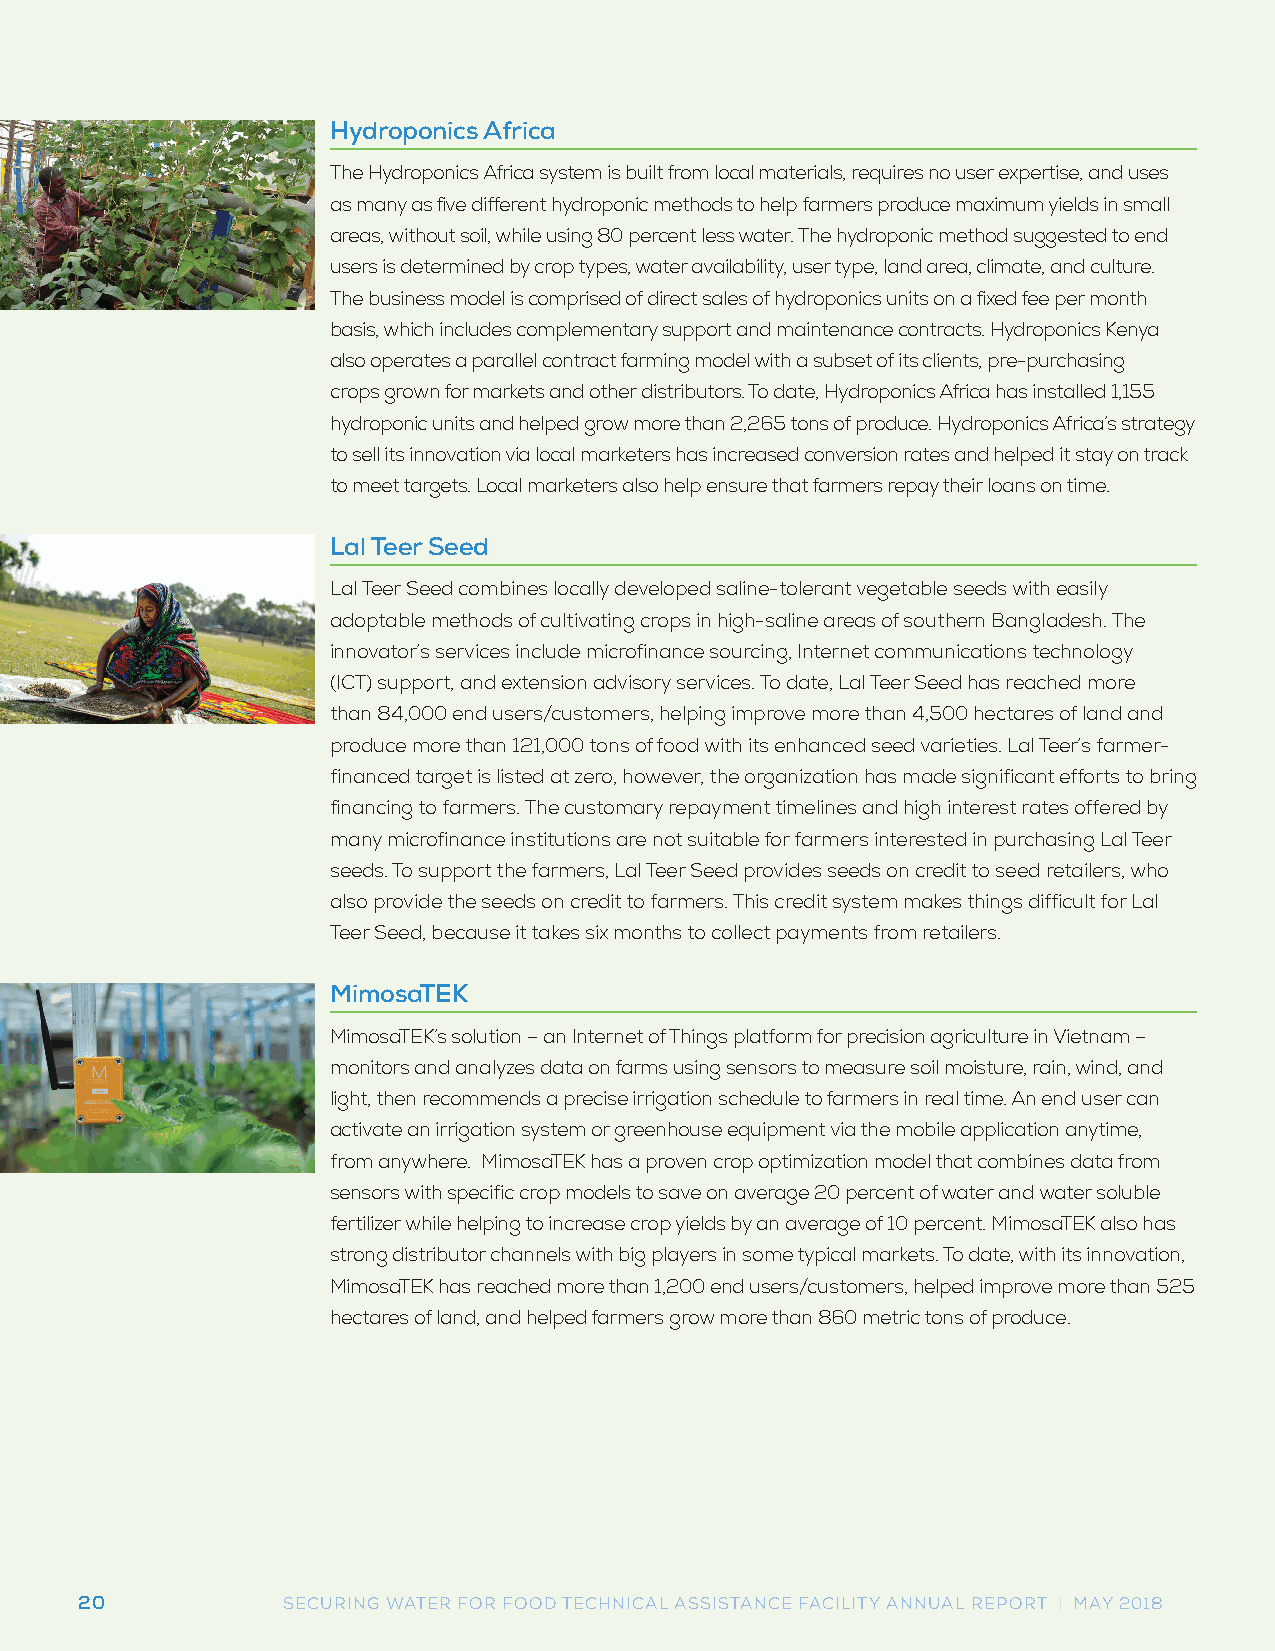
Hydroponics Africa
 The Hydroponics Africa system is built from local materials, requires no user expertise, and uses
 as many as five different hydroponic methods to help farmers produce maximum yields in small
 areas, without soil, while using 80 percent less water. The hydroponic method suggested to end
 users is determined by crop types, water availability, user type, land area, climate, and culture.
 The business model is comprised of direct sales of hydroponics units on a fixed fee per month
 basis, which includes complementary support and maintenance contracts. Hydroponics Kenya
 also operates a parallel contract farming model with a subset of its clients, pre-purchasing
 crops grown for markets and other distributors. To date, Hydroponics Africa has installed 1,155
 hydroponic units and helped grow more than 2,265 tons of produce. Hydroponics Africa’s strategy
 to sell its innovation via local marketers has increased conversion rates and helped it stay on track
 to meet targets. Local marketers also help ensure that farmers repay their loans on time.
 Lal Teer Seed
 Lal Teer Seed combines locally developed saline-tolerant vegetable seeds with easily
 adoptable methods of cultivating crops in high-saline areas of southern Bangladesh. The
 innovator’s services include microfinance sourcing, Internet communications technology
 (ICT) support, and extension advisory services. To date, Lal Teer Seed has reached more
 than 84,000 end users/customers, helping improve more than 4,500 hectares of land and
 produce more than 121,000 tons of food with its enhanced seed varieties. Lal Teer’s farmer-
 financed target is listed at zero, however, the organization has made significant efforts to bring
 financing to farmers. The customary repayment timelines and high interest rates offered by
 many microfinance institutions are not suitable for farmers interested in purchasing Lal Teer
 seeds. To support the farmers, Lal Teer Seed provides seeds on credit to seed retailers, who
 also provide the seeds on credit to farmers. This credit system makes things difficult for Lal
 Teer Seed, because it takes six months to collect payments from retailers.
 MimosaTEK
 MimosaTEK’s solution – an Internet of Things platform for precision agriculture in Vietnam –
 monitors and analyzes data on farms using sensors to measure soil moisture, rain, wind, and
 light, then recommends a precise irrigation schedule to farmers in real time. An end user can
 activate an irrigation system or greenhouse equipment via the mobile application anytime,
 from anywhere. MimosaTEK has a proven crop optimization model that combines data from
 sensors with specific crop models to save on average 20 percent of water and water soluble
 fertilizer while helping to increase crop yields by an average of 10 percent. MimosaTEK also has
 strong distributor channels with big players in some typical markets. To date, with its innovation,
 MimosaTEK has reached more than 1,200 end users/customers, helped improve more than 525
 hectares of land, and helped farmers grow more than 860 metric tons of produce.
 20            SECURING WATER FOR FOOD TECHNICAL ASSISTANCE FACILITY ANNUAL REPORT | MAY 2018